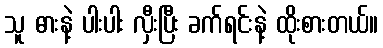
သူ ဓားနဲ့ ပါးပါး လှီးပြီး ခက်ရင်းနဲ့ ထိုးစားတယ်။